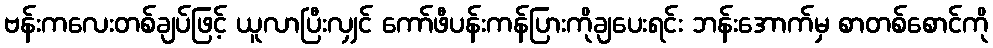
ဗန်းကလေးတစ်ချပ်ဖြင့် ယူလာပြီးလျှင် ကော်ဖီပန်းကန်ပြားကိုချပေးရင်း ဘန်းအောက်မှ စာတစ်စောင်ကို